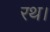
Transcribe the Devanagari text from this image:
रथ।